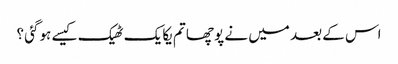
اس کے بعد میں نے پوچھا تم یکایک ٹھیک کیسے ہوگئی ؟